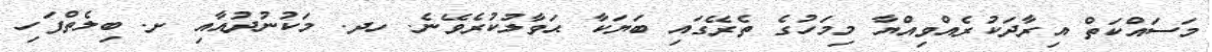
މަސައްކަތް އިރާދަކުރެއްވިއްޔާ މިމަހުގެ ތެރޭގައި ބަޔަކާ ޙަވާލުކުރެވޭނެ. ހދ. މަކުނުދުއާއި ށ. ބިލެތްފަހި